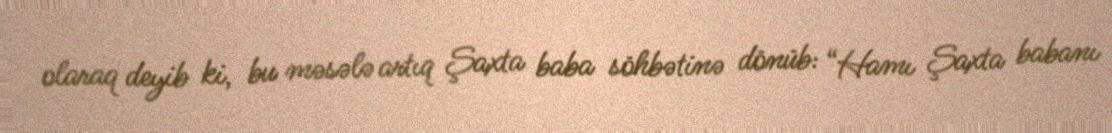
olaraq deyib ki, bu məsələ artıq Şaxta baba söhbətinə dönüb: “Hamı Şaxta babanı